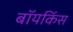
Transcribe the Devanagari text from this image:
बॉयकिंस